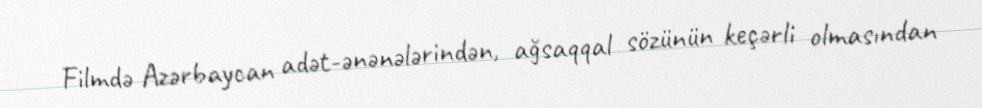
Filmdə Azərbaycan adət-ənənələrindən, ağsaqqal sözünün keçərli olmasından